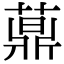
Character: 𦽍